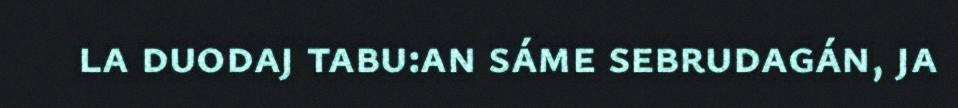
la duodaj tabu:an sáme sebrudagán, ja